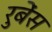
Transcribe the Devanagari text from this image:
रुबेंस